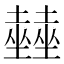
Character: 𡓨